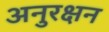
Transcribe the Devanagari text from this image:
अनुरक्षन